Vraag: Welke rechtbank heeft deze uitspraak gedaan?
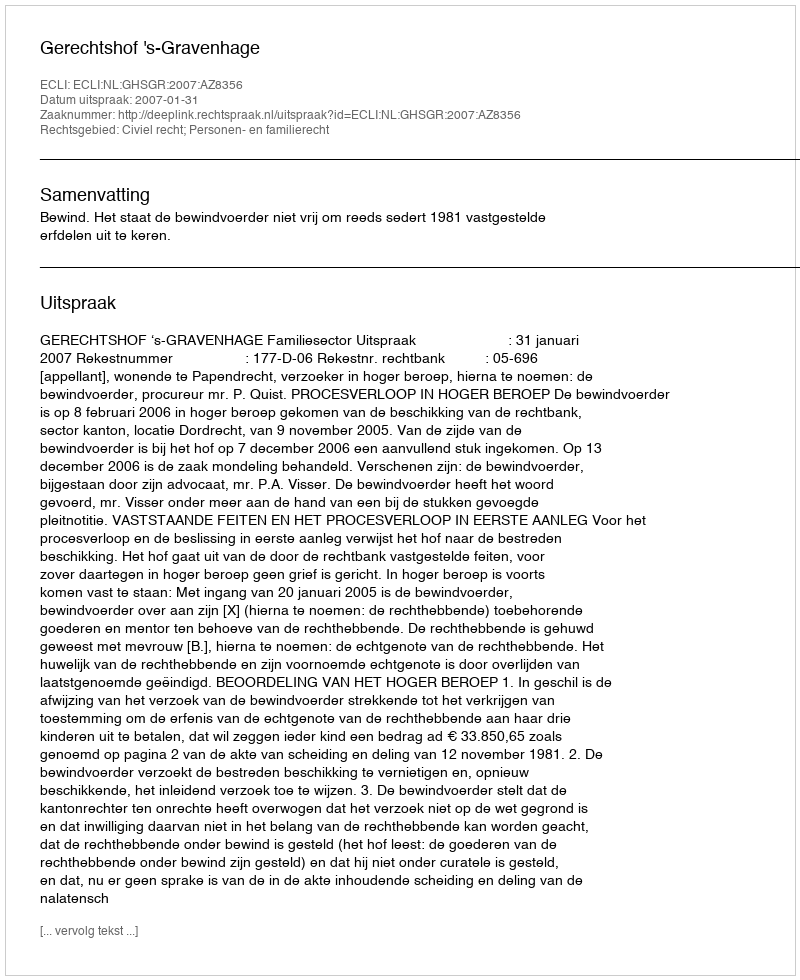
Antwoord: Gerechtshof 's-Gravenhage